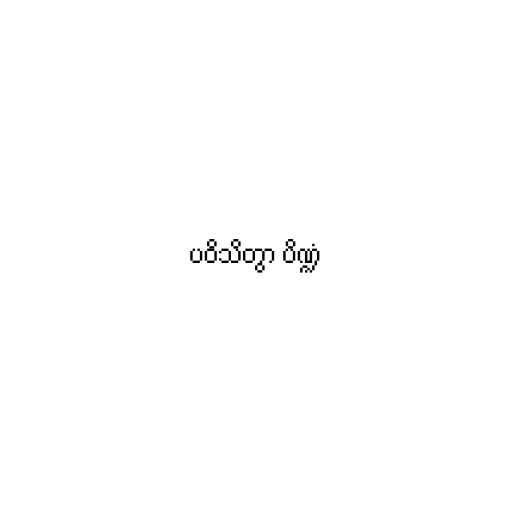
ပဝိသိတွာ ပိဏ္ဍံ